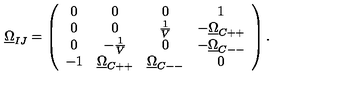
\underline { { \Omega } } _ { I J } = \left( \begin{array} { c c c c } { 0 } & { 0 } & { 0 } & { 1 } \\ { 0 } & { 0 } & { \frac { 1 } { V } } & { - \underline { { \Omega } } _ { C + + } } \\ { 0 } & { - \frac { 1 } { V } } & { 0 } & { - \underline { { \Omega } } _ { C -- } } \\ { - 1 } & { \underline { { \Omega } } _ { C + + } } & { \underline { { \Omega } } _ { C -- } } & { 0 } \\ \end{array} \right) .